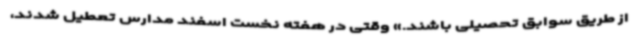
از طریق سوابق تحصیلی باشند.» وقتی در هفته نخست اسفند مدارس تعطیل شدند،